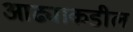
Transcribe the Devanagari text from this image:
आढ्याकडील